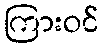
ကြားဝင်